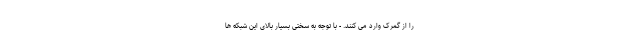
را از گمرک وارد می کنند. - با توجه به سختی بسیار بالای این شبکه ها